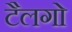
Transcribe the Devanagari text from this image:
टैलगो